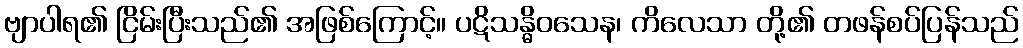
ဗျာပါရ၏ ငြိမ်းပြီးသည်၏ အဖြစ်ကြောင့်။ ပဋိသန္ဓိဝသေန၊ ကိလေသာ တို့၏ တဖန်စပ်ပြန်သည်